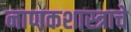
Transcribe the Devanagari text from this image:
नाणकशास्त्राचे